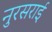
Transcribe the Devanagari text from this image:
नुरसराई